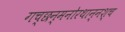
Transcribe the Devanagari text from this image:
गच्छन्मनोरथान्नश्च